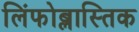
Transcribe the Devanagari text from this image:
लिंफोब्लास्तिक